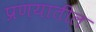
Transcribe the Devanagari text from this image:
प्रणयातील